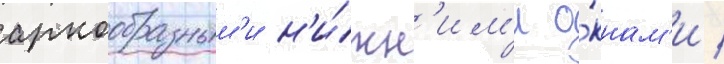
аркообразным'и н'и́жн'им'и о́кнам'и /